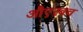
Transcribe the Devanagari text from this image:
औएरबच